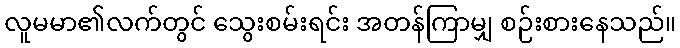
လူမမာ၏လက်တွင် သွေးစမ်းရင်း အတန်ကြာမျှ စဉ်းစားနေသည်။